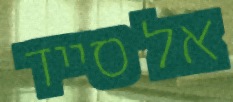
אל סייד